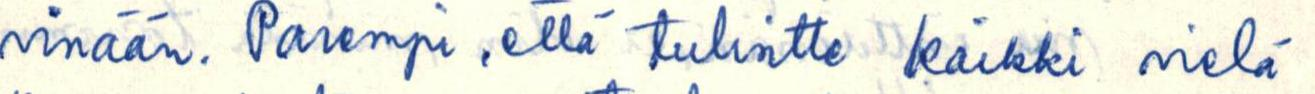
vinään. Parempi, että tulisitte kaikki vielä